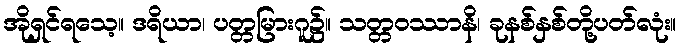
အိုရှင်ရသေ့။ ဒရိယာ၊ ပတ္တမြားဂူ၌။ သတ္တဝဿာနိ၊ ခုနစ်နှစ်တို့ပတ်လုံး။